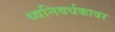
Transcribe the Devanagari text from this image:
ध्वनिवर्धकावर